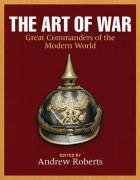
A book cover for The Art of War: Great Commanders of the Modern World; Engineering & Transportation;